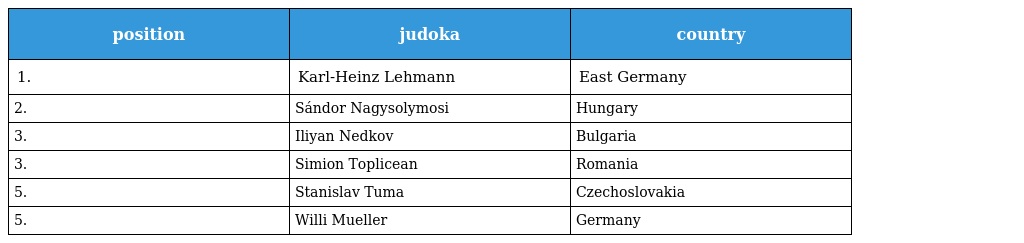
| position | judoka | country |
 | --- | --- | --- |
 | 1. | Karl-Heinz Lehmann | East Germany |
 | 2. | Sándor Nagysolymosi | Hungary |
 | 3. | Iliyan Nedkov | Bulgaria |
 | 3. | Simion Toplicean | Romania |
 | 5. | Stanislav Tuma | Czechoslovakia |
 | 5. | Willi Mueller | Germany |